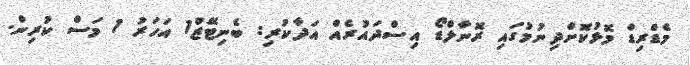
މެޑްރިޑް މޮޅުކޮށްދިނުމުގައި ރޮނާލްޑޯ އިސްދައުރެއް އަދާކުރި: ބެނިޓޭޒް1 އަހަރު 1 މަސް ކުރިން.